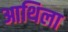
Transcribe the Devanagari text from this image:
आथिला